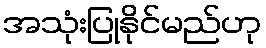
အသုံးပြုနိုင်မည်ဟု